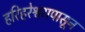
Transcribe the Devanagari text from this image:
हरिहरेश्वरापासून